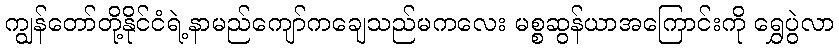
ကျွန်တော်တို့နိုင်ငံရဲ့နာမည်ကျော်ကချေသည်မကလေး မစ္စဆွန်ယာအကြောင်းကို ရွှေပွဲလာ